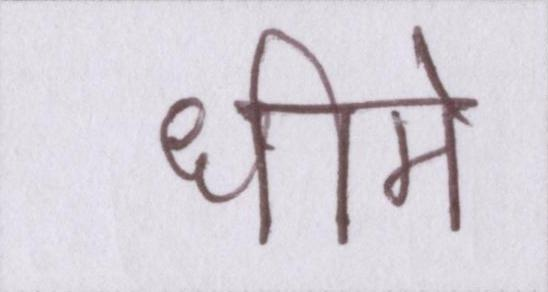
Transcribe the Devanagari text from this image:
धीमे